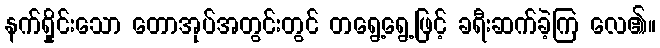
နက်ရှိုင်းသော တောအုပ်အတွင်းတွင် တရွေ့ရွေ့ဖြင့် ခရီးဆက်ခဲ့ကြ လေ၏။